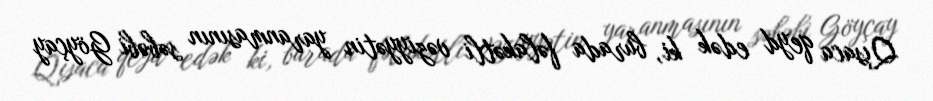
Qısaca qeyd edək ki, burada fəlakətli vəziyyətin yaranmasının səbəbi Göyçay